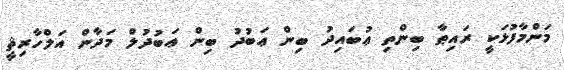
މަންމާފުޅަކީ ރައިޠާ ބިންތި ޢުބައިދު ބިން ޢަބުދު ބިން ޢަބުދުލް މަދާން އަލްހާރިޘީ